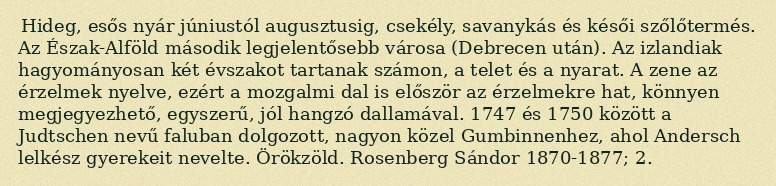
Hideg, esős nyár júniustól augusztusig, csekély, savanykás és késői szőlőtermés. Az Észak-Alföld második legjelentősebb városa (Debrecen után). Az izlandiak hagyományosan két évszakot tartanak számon, a telet és a nyarat. A zene az érzelmek nyelve, ezért a mozgalmi dal is először az érzelmekre hat, könnyen megjegyezhető, egyszerű, jól hangzó dallamával. 1747 és 1750 között a Judtschen nevű faluban dolgozott, nagyon közel Gumbinnenhez, ahol Andersch lelkész gyerekeit nevelte. Örökzöld. Rosenberg Sándor 1870-1877; 2.